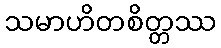
သမာဟိတစိတ္တဿ